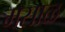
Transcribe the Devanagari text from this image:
मसाळ